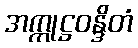
အက္ကုဋ္ဌဝန္ဒိတံ